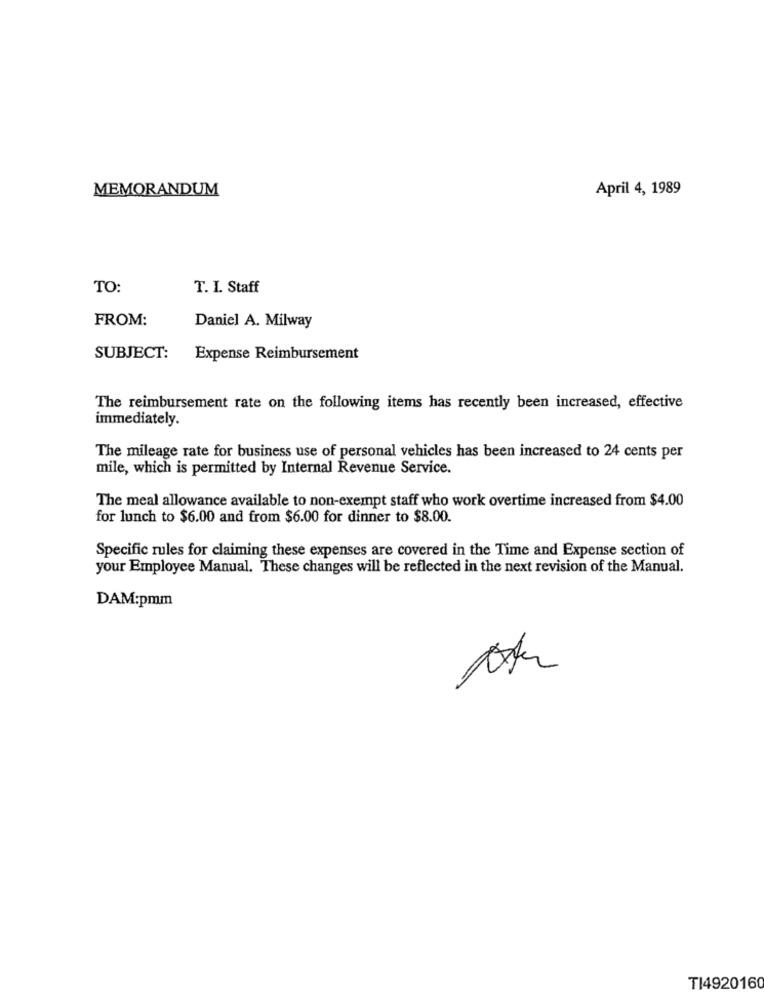
MEMORANDUM
April 4, 1989
TO:
T. I. Staff
FROM:
Daniel A. Milway
SUBJECT: Expense Reimbursement
The reimbursement rate on the following items has recently been increased, effective
immediately.
The mileage rate for business use of personal vehicles has been increased to 24 cents per
mile, which is permitted by Internal Revenue Service.
The meal allowance available to non-exempt staff who work overtime increased from $4.00
for lunch to $6.00 and from $6.00 for dinner to $8.00.
Specific rules for claiming these expenses are covered in the Time and Expense section of
your Employee Manual. These changes will be reflected in the next revision of the Manual.
DAM:pmm
TI4920160